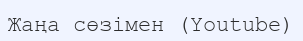
Жаңа сөзімен (Youtube)